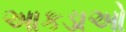
આકડાઓ